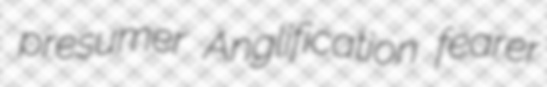
presumer Anglification fearer